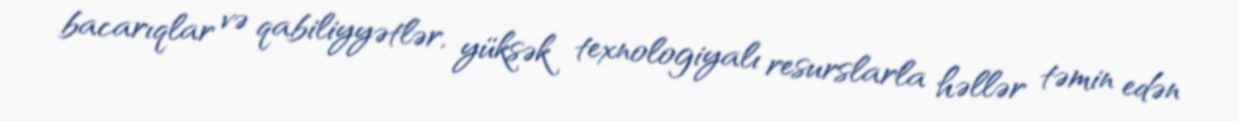
bacarıqlar və qabiliyyətlər, yüksək texnologiyalı resurslarla həllər təmin edən